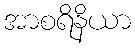
အာစရိနိယာ